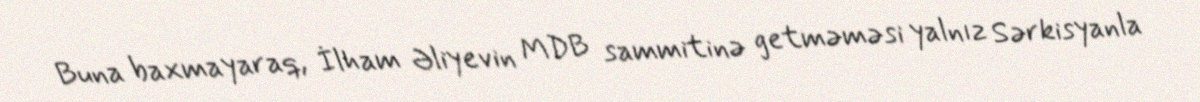
Buna baxmayaraq, İlham Əliyevin MDB sammitinə getməməsi yalnız Sərkisyanla